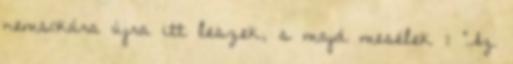
nemsokára újra itt leszek, s majd mesélek : "Az